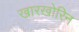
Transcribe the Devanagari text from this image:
खारखोरिन